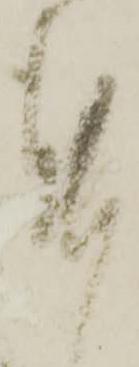
謹